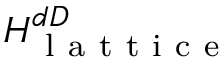
{ \cal H } _ { \mathrm { ~ l ~ a ~ t ~ t ~ i ~ c ~ e ~ } } ^ { d D }